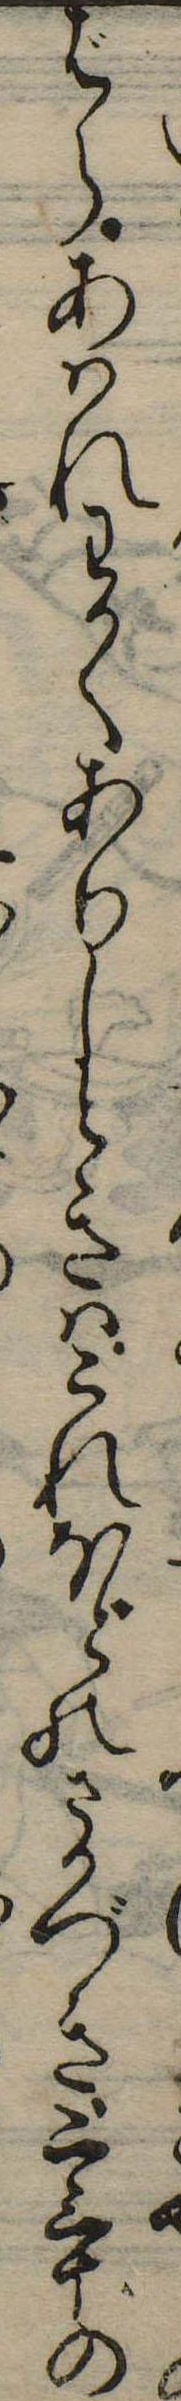
ばらあはれわかくありしときはこれほどのさかづき二三十の